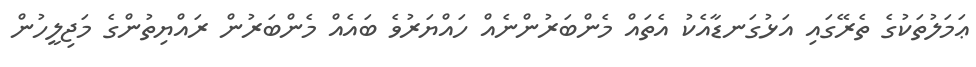
ޢަމަލުތަކުގެ ތެރޭގައި އަޅުގަނޑާއެކު އެތައް މެންބަރުންނެއް ހައްޔަރުވެ ބައެއް މެންބަރުން ރައްޔިތުންގެ މަޖިލީހުން